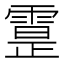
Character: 𩄕